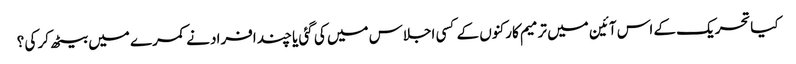
کیاتحریک کے اس آئین میں ترمیم کارکنوں کے کسی اجلاس میں کی گئی یا چند افراد نے کمرے میں بیٹھ کر کی ؟